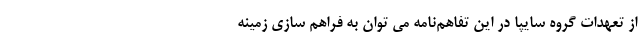
از تعهدات گروه سایپا در این تفاهم‌نامه می توان به فراهم سازی زمینه